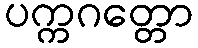
ပက္ကဂတ္တော